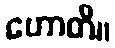
ဟောတိ။